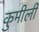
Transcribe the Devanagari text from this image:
कुमीली